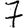
Digit: 7